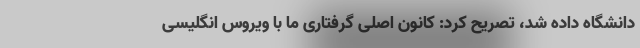
دانشگاه داده شد، تصریح کرد: کانون اصلی گرفتاری ما با ویروس انگلیسی